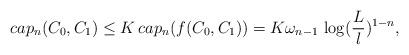
LaTeX: \begin{align*}cap_n(C_0,C_1)\leq K\,cap_n(f(C_0,C_1))=K\omega_{n-1}\,\log(\frac{L}{l})^{1-n},\end{align*}